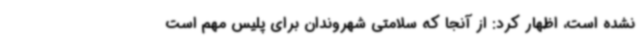
نشده است، اظهار کرد: از آنجا که سلامتی شهروندان برای پلیس مهم است